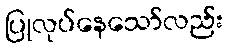
ပြုလုပ်နေသော်လည်း